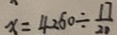
x = 4 2 5 0 \div \frac { 1 7 } { 2 0 }